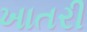
ખાતરી